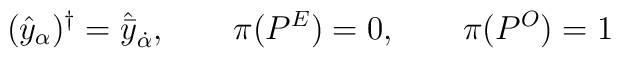
(\hat{y}_\alpha )^\dagger =\hat{\bar{y}}_{\dot{\alpha}},\qquad \pi (P^E)=0,\qquad \pi (P^O )=1\,